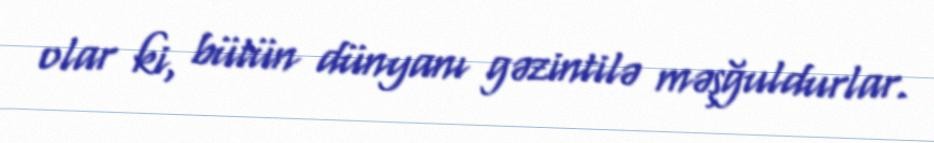
olar ki, bütün dünyanı gəzintilə məşğuldurlar.